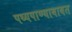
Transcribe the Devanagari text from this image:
पथ्यपाण्याबाबत